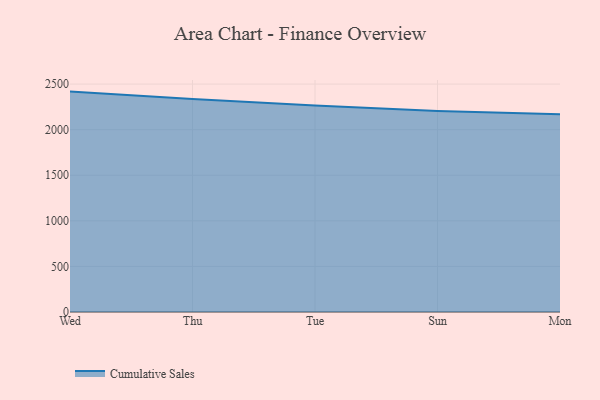
{"axis": {"x": "Day", "y": "Demand Index"}, "legend": ["Cumulative Sales"], "data": [{"x": "Wed", "y": 2417.6, "type": "Cumulative Sales"}, {"x": "Thu", "y": 2335.4, "type": "Cumulative Sales"}, {"x": "Tue", "y": 2265.6, "type": "Cumulative Sales"}, {"x": "Sun", "y": 2204.1, "type": "Cumulative Sales"}, {"x": "Mon", "y": 2167.9, "type": "Cumulative Sales"}]}